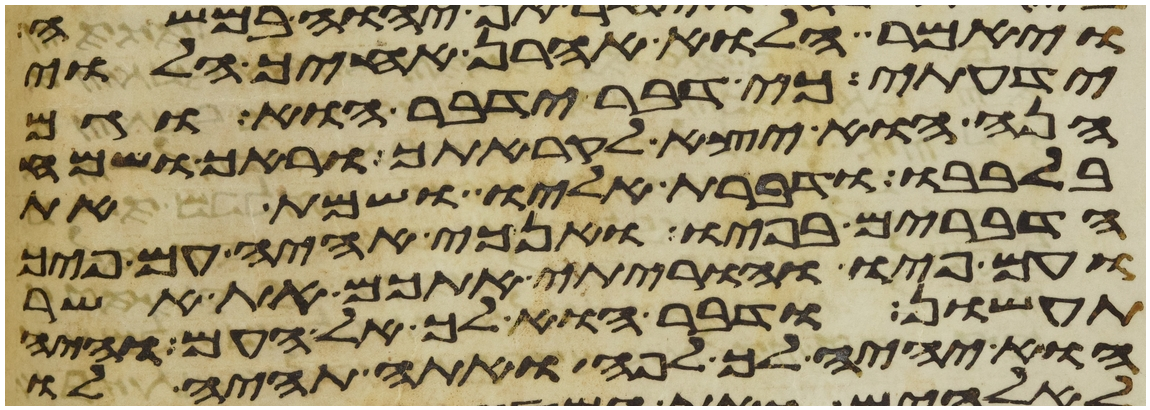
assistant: ויאמר הלוא אהרן אחיך הלוי
ידעתי כי דבר ידבר הוא וגם
הנה הוא יצא לקראתך וראך ושמח
בלבבו ודברת אליו ושמת את
הדברים בפיו ואנכי אהיה עם פיך
ועם פיו והוריתי אתכם את אשר
תעשון ודבר הוא לך אל העם והיה
הוא יהיה לך לפה ואתה תהיה לו